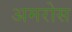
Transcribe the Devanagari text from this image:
अमरोस